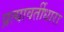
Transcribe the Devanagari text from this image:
प्रत्यावर्तीधारा